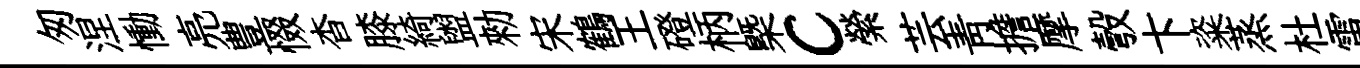
匆涅慟亮豊惙杳膝綺盥勑宋鶴王磴柄㮣c縈芸靑擔摩彀卞粢蒸杜雷